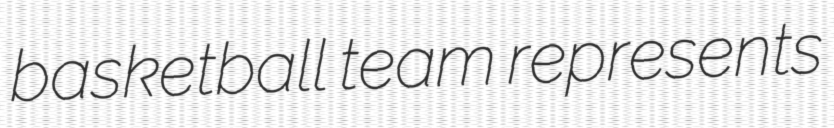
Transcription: basketball team represents